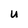
Character: U